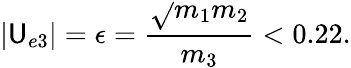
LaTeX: |\mathsf{U}_{e3}|=\epsilon=\frac{{\sqrt{}{{m_{1}m_{2}}}}}{{m_{3}}}<0.22.